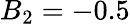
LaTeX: B_{2}=-0.5